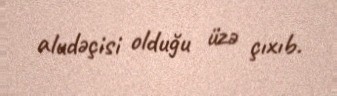
aludəçisi olduğu üzə çıxıb.